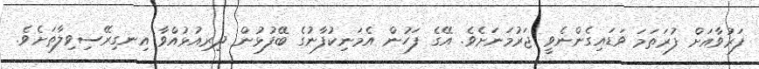
ފަރުވާއަށް ފުރަތަމަ ވަޑައިގެންނެވީ ޖަރުމަނަށެވެ. އޭގެ ފަހުން އެމަނިކުފާނުގެ ބޭފުޅުން ދިރިއުޅުއްވާ އިނގިރޭސިވިލާތަށެވެ.